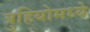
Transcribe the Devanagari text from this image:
त्रुहियोमध्ये